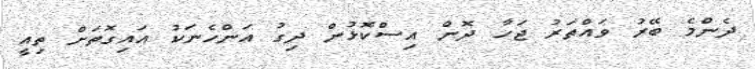
ދެންމެ ބޭރު ވައްތަރު ޖަހާ ދޮން އިސްކޮޅުން ދިގު އަންހެނަކު އައިގޮތަށް ތިއީ